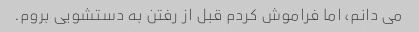
می دانم، اما فراموش کردم قبل از رفتن به دستشویی بروم.